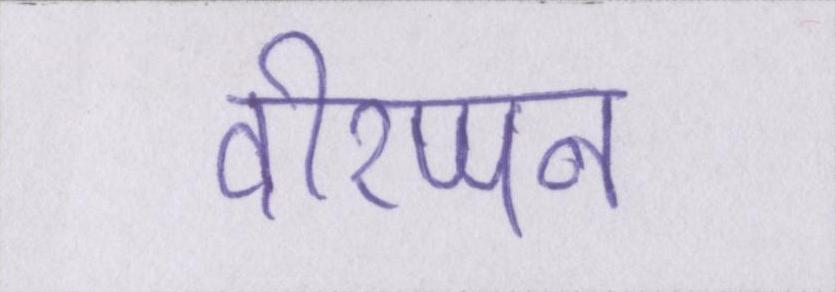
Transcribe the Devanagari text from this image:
वीरप्पन